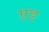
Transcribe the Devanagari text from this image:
ए़ड